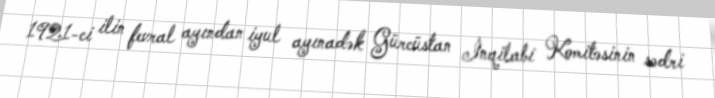
1921-ci ilin fevral ayından iyul ayınadək Gürcüstan İnqilabi Komitəsinin sədri